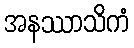
အနဿာသိကံ